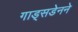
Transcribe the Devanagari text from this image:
गाड्सडेनने